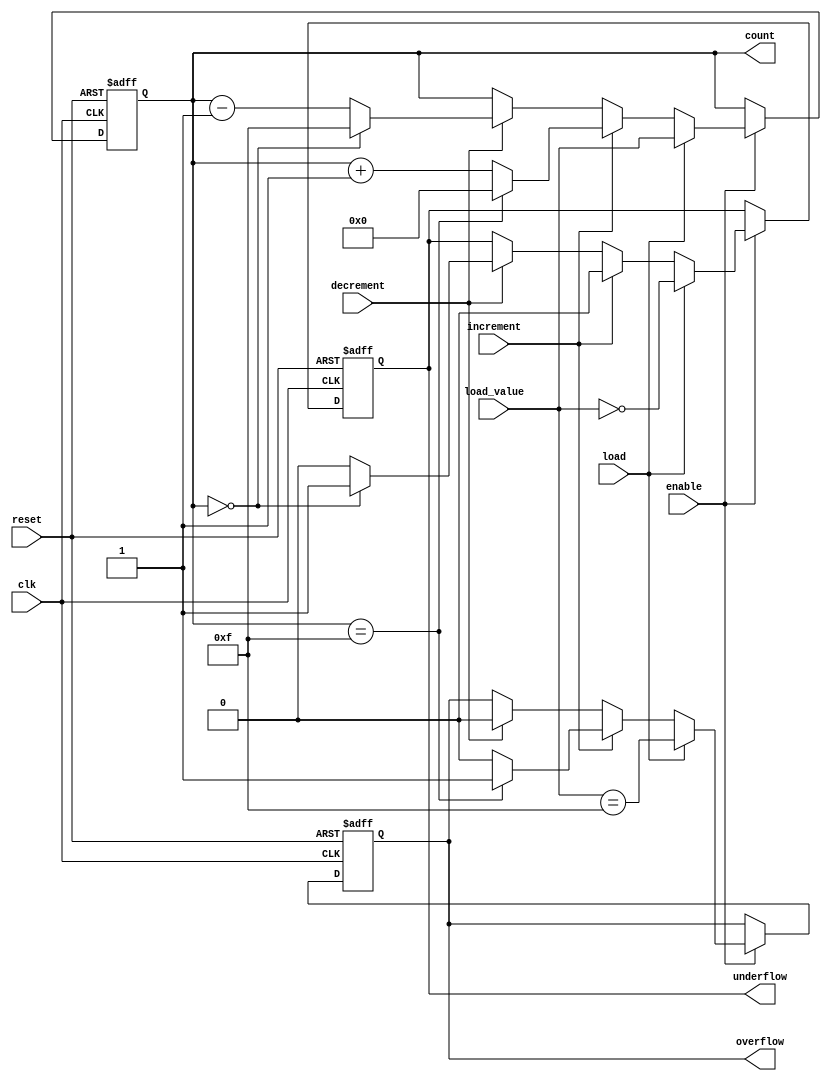
module SynchronousCounter (
    input wire clk,               // Clock input
    input wire reset,             // Asynchronous reset
    input wire enable,            // Enable signal
    input wire load,              // Load control signal
    input wire increment,         // Increment control signal
    input wire decrement,         // Decrement control signal
    input wire [N-1:0] load_value,// Value to load into the counter
    output reg [N-1:0] count,     // Counter output
    output reg overflow,          // Overflow flag
    output reg underflow          // Underflow flag
);
    parameter N = 4;              // Number of bits in the counter
    localparam MAX_COUNT = (1 << N) - 1; // Maximum count value (2^N - 1)

    // Always block for synchronous operation
    always @(posedge clk or posedge reset) begin
        if (reset) begin
            count <= 0;           // Reset the counter to 0
            overflow <= 0;        // Clear overflow flag
            underflow <= 0;       // Clear underflow flag
        end else if (enable) begin
            if (load) begin
                count <= load_value; // Load specified value
                overflow <= (load_value == MAX_COUNT); // Check for overflow
                underflow <= (load_value == 0); // Check for underflow
            end else begin
                if (increment) begin
                    if (count == MAX_COUNT) begin
                        count <= 0;  // Wrap around on overflow
                        overflow <= 1; // Set overflow flag
                    end else begin
                        count <= count + 1; // Increment
                        overflow <= 0; // Clear overflow flag
                    end
                    underflow <= 0; // Clear underflow flag
                end else if (decrement) begin
                    if (count == 0) begin
                        count <= MAX_COUNT; // Wrap around on underflow
                        underflow <= 1; // Set underflow flag
                    end else begin
                        count <= count - 1; // Decrement
                        underflow <= 0; // Clear underflow flag
                    end
                    overflow <= 0; // Clear overflow flag
                end
            end
        end
    end
endmodule